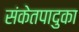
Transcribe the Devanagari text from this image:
संकेतपादुका